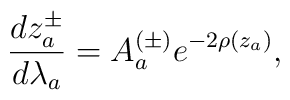
\frac{dz_a^\pm}{d\lambda_a} = A_a^{(\pm)} e^{-2\rho(z_a)},